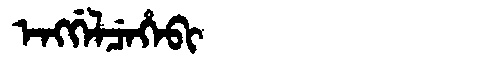
Manchu: ᡝᠩᡤᡝᠯᠴᡝᡥᡝᠪᡳ
Romanization: ENGGELCEHEBI